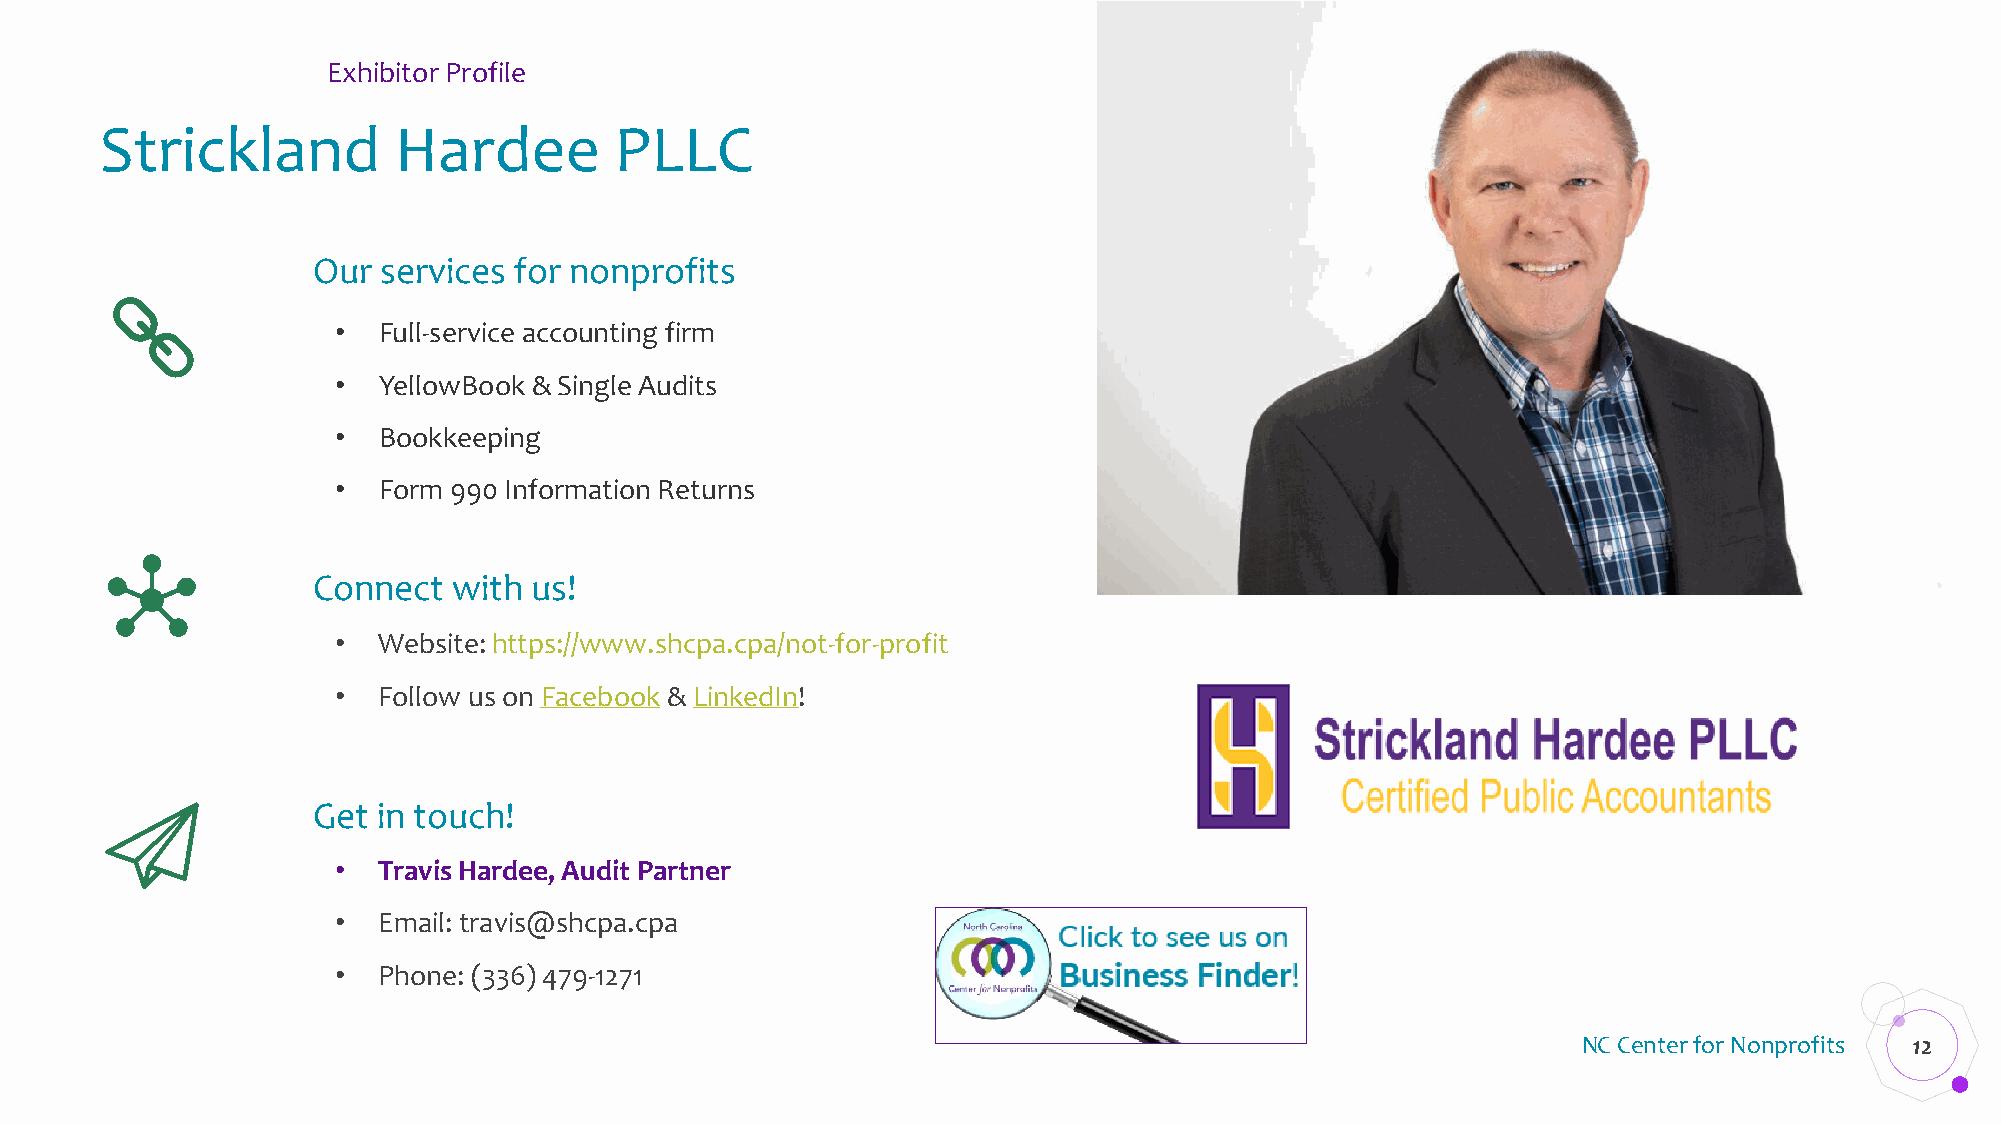
Exhibitor Profile
 Strickland         Hardee         PLLC
 Our services for nonprofits
 •  Full-service accounting firm
 •  YellowBook & Single Audits
 •  Bookkeeping
 •  Form 990 Information Returns
 Connect  with us!
 •  Website: https://www.shcpa.cpa/not-for-profit
 •  Follow us on Facebook & LinkedIn!
 Get in touch!
 •  Travis Hardee, Audit Partner
 •  Email: travis@shcpa.cpa
 •  Phone: (336) 479-1271
 NC Center for Nonprofits 12